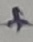
Text: +